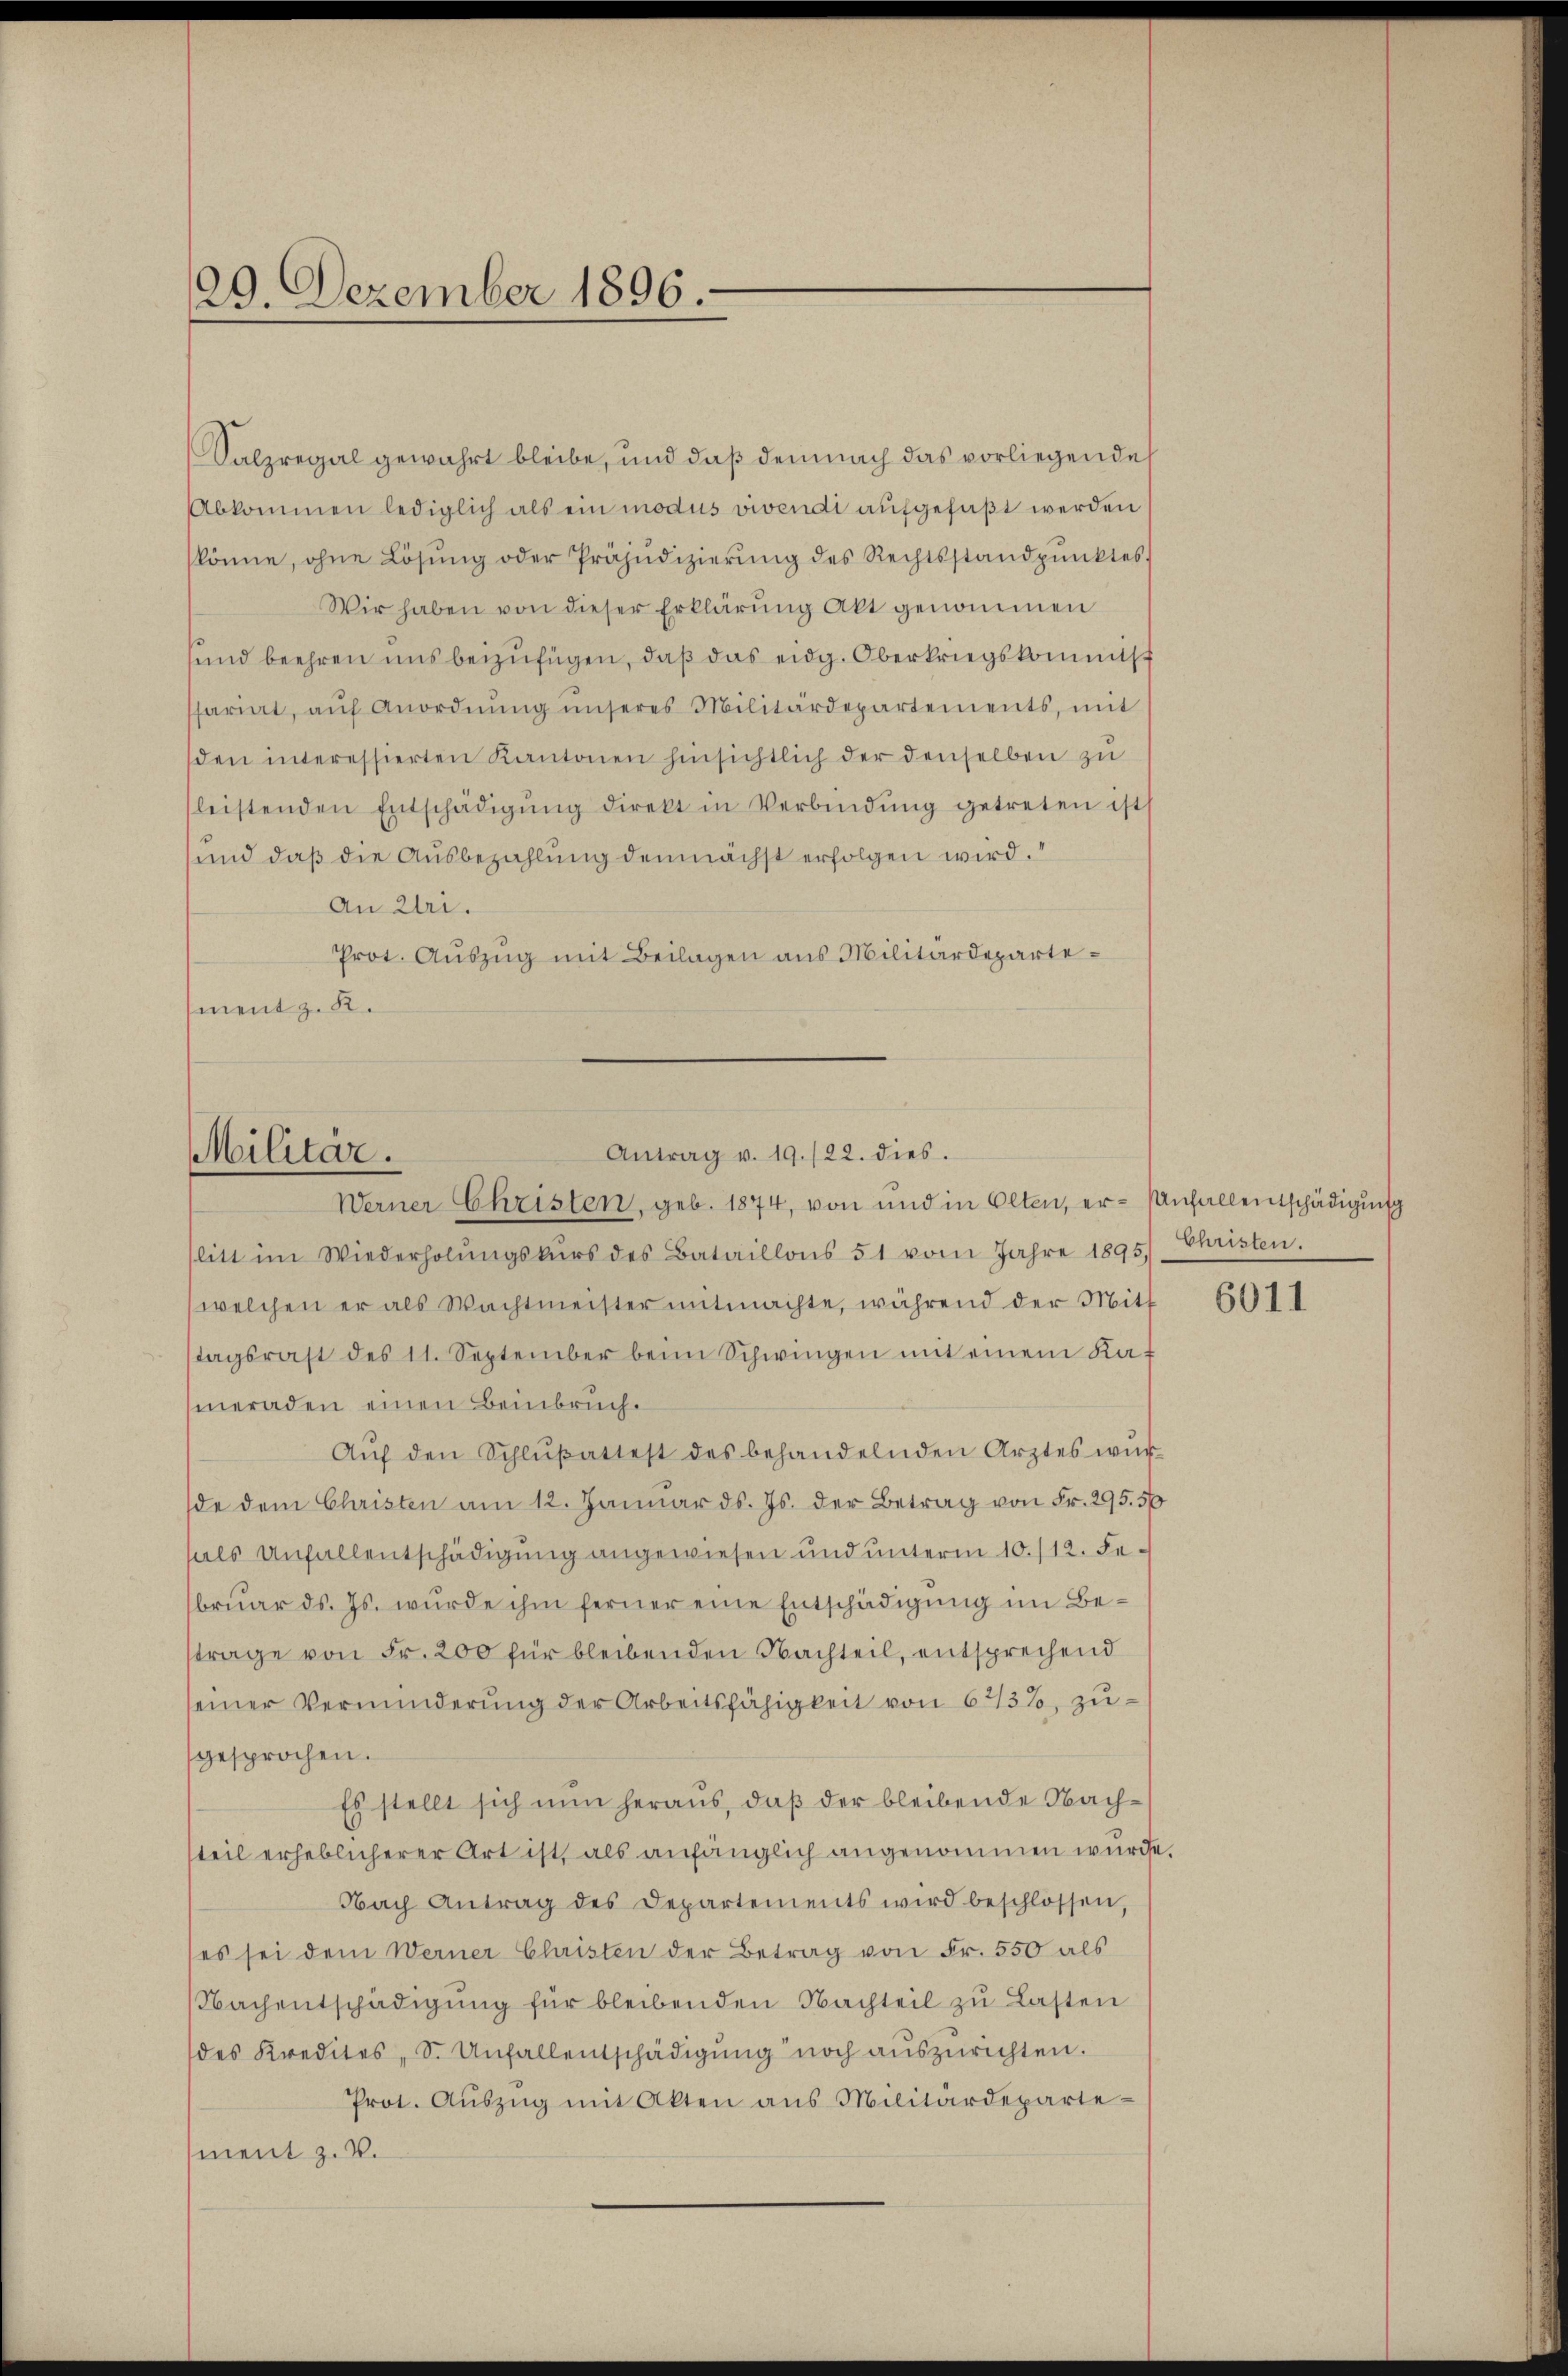
29. Dezember 1896.

Salzregal gewährt bleibe, und daß demnach das vorliegende
Abkommen lediglich als ein modus vivendi aufgefaßt werden
skönne, ohne Lösung oder Präjudizierung des Rechtsstandpunktes
Wir haben von dieser Erklärŭng Akt genommen
sund beehren uns beizufügen, daß das eidg. Oberkriegskommtsch
ssariat, aŭf Anordnŭng unseres Militärdepartements, mit
den interessierten Kantonen hinsichtlich der denselben zu
sleistenden Entschädigŭng direkt in Verbindŭng getreten ist
und daß die Ausbezahlung demnächst erfolgen wird.
An Uri.
Prot. Auszug mit Beilagen aus Militärdepartement z. K.

Antrag v. 19./22. dies.
Militär.
Werner Christen, geb. 1874, von und in Olten, er- Anfallentschädigung

litt im Wiederholŭngskŭrs des Bataillons 51 vom Jahre 1895. Christen.
welchen er als Wachtmeister mitmachte, während der Mitt
tagsraht des 11. September beim Schwingen mit einem Kat
meraden einen Beinbruch.
Aŭf den Schlŭβattest des behandelnden Arztes wŭr
de dem Christen am 12. Januar d. Js. der Betrag von Fr. 295. 56
hals Unfallentschädigung angewiesen und unterm 10./12. Februar ds. Js. wurde ihm ferner eine Entschädigung im Betrage von Fr. 200 für bleibenden Nachteil, entsprechend
seiner Verminderung der Arbeitsfähigkeit von 62/3%, zugesprochen.
Es stellt sich nun heraus, daß der bleibende Nachtteil erheblicherer Art ist, als anfänglich angenommen wurde.
Nach Antrag des Departements wird beschlossen,
(es sei dem Werner Christen der Betrag von Fr. 550 als
Nachentschädigung für bleibenden Nachteil zu Lasten
des Kredites, S. Unfallentschädigŭng noch auszurichten.
Prot. Aŭszŭg mit Akten aus Militärdeparte
ment z. B.

6011